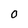
Character: O